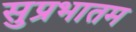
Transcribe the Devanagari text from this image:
सुप्रभातम